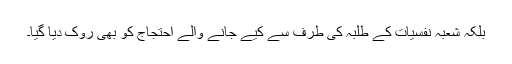
بلکہ شعبہ نفسیات کے طلبہ کی طرف سے کیے جانے والے احتجاج کو بھی روک دیا گیا۔